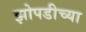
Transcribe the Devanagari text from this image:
झोपडीच्या